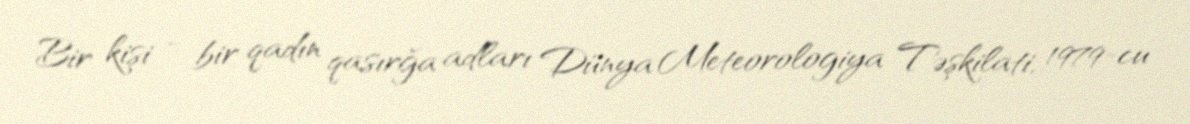
Bir kişi - bir qadın qasırğa adları Dünya Meteorologiya Təşkilati, 1979-cu